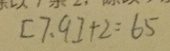
[ 7 、 9 ] + 2 = 6 5